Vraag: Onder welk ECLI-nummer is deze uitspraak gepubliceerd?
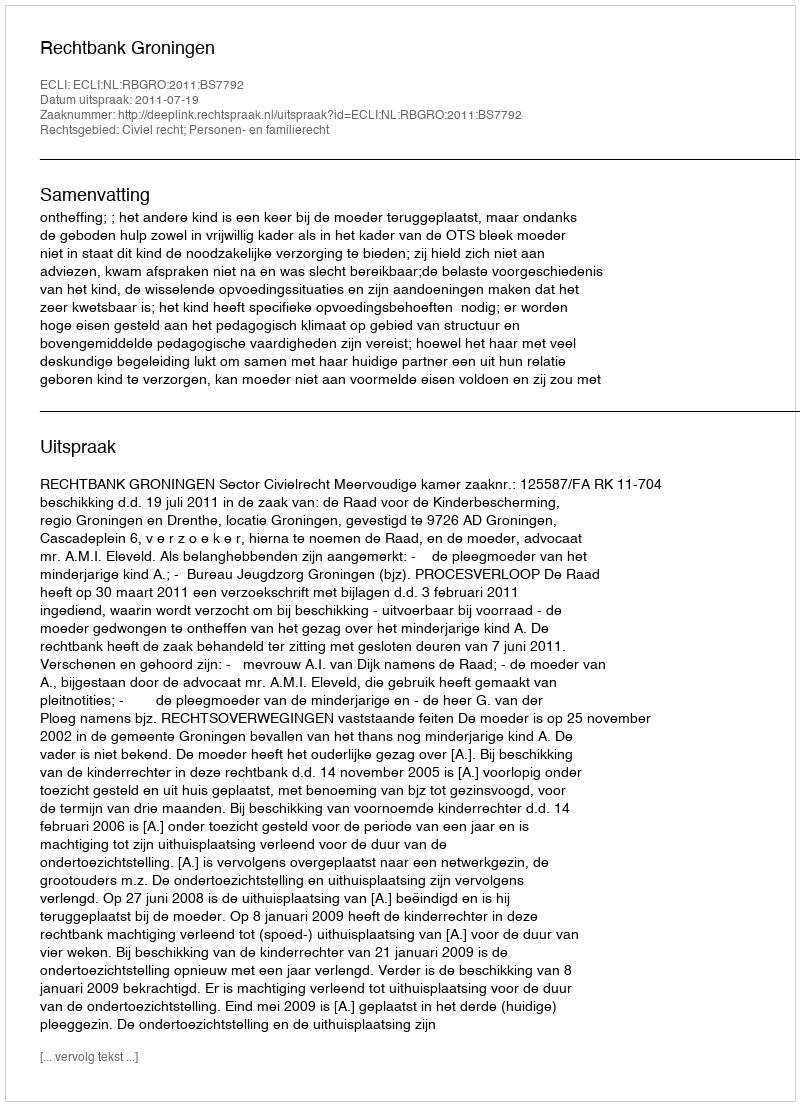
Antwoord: ECLI:NL:RBGRO:2011:BS7792